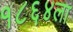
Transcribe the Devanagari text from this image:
१८६४ला